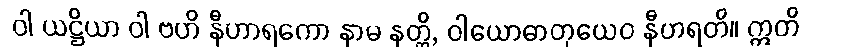
ဝါ ယဋ္ဌိယာ ဝါ ဗဟိ နီဟာရကော နာမ နတ္ထိ, ဝါယောဓာတုယေဝ နီဟရတိ။ ဣတိ